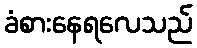
ခံစားနေရလေသည်